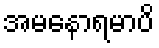
အမနောရမာပိ